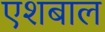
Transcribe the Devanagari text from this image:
एशबाल